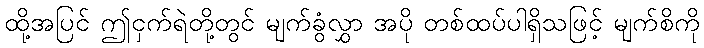
ထို့အပြင် ဤငှက်ရဲတို့တွင် မျက်ခွံလွှာ အပို တစ်ထပ်ပါရှိသဖြင့် မျက်စိကို